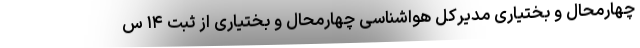
چهارمحال و بختیاری مدیرکل هواشناسی چهارمحال و بختیاری از ثبت ۱۴ س